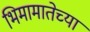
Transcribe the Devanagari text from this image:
भिमामातेच्या